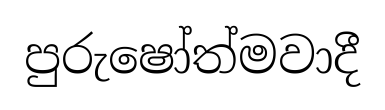
පුරුෂෝත්මවාදී